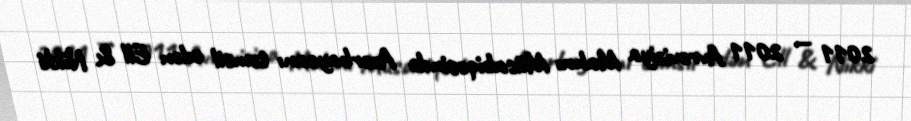
2011 — 2011 Avroviziya Mahnı Müsabiqəsində Azərbaycanı təmsil edən Ell & Nikki